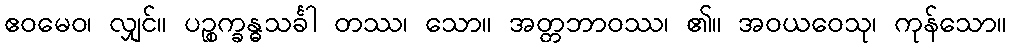
ဧဝမေဝ၊ လျှင်။ ပဉ္စက္ခန္ဓသင်္ခါ တဿ၊ သော။ အတ္တဘာဝဿ၊ ၏။ အဝယဝေသု၊ ကုန်သော။